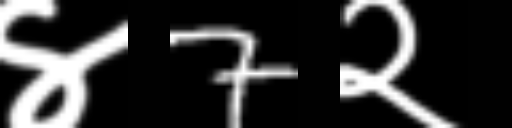
Text: ४7२